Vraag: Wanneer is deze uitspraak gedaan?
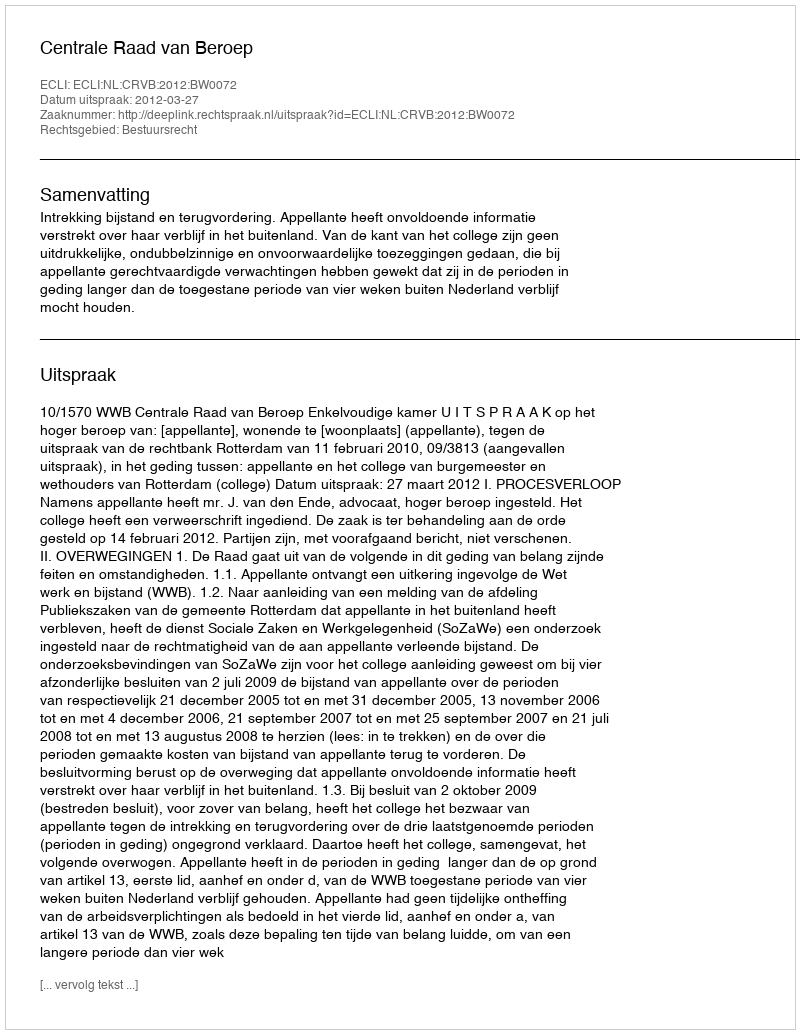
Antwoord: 2012-03-27